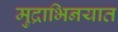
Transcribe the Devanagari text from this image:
मुद्राभिनयात